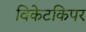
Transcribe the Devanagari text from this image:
विकेटकिपर